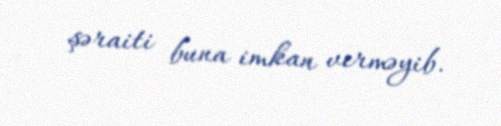
şəraiti buna imkan verməyib.